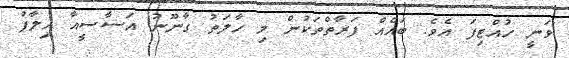
ވަނީ ހުއްޓިފަ އެވެ. ބައެއް ފަރާތްތަކުން މި ހާލަތު ގާނޫނު އަސާސީއާ ހިލާފު